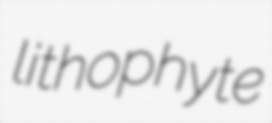
lithophyte